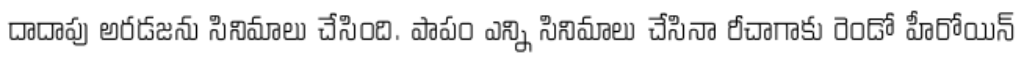
దాదాపు అరడజను సినిమాలు చేసింది. పాపం ఎన్ని సినిమాలు చేసినా రీచాగాకు రెండో హీరోయిన్